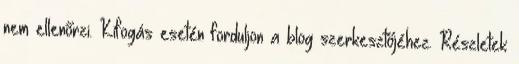
nem ellenőrzi. Kifogás esetén forduljon a blog szerkesztőjéhez. Részletek